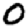
Digit: 0